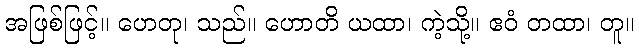
အဖြစ်ဖြင့်။ ဟေတု၊ သည်။ ဟောတိ ယထာ၊ ကဲ့သို့။ ဧဝံ တထာ၊ တူ။